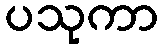
ပသုကာ